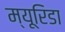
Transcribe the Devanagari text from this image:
म्यूरिडा